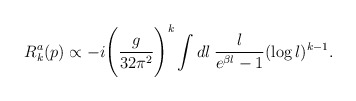
\begin{align*}R_{k}^{a}(p) \propto -i \Bigg(\frac{g}{32\pi^2}\Bigg)^k \int dl \:\frac{l}{e^{\beta l}-1} (\log l)^{k-1}.\end{align*}